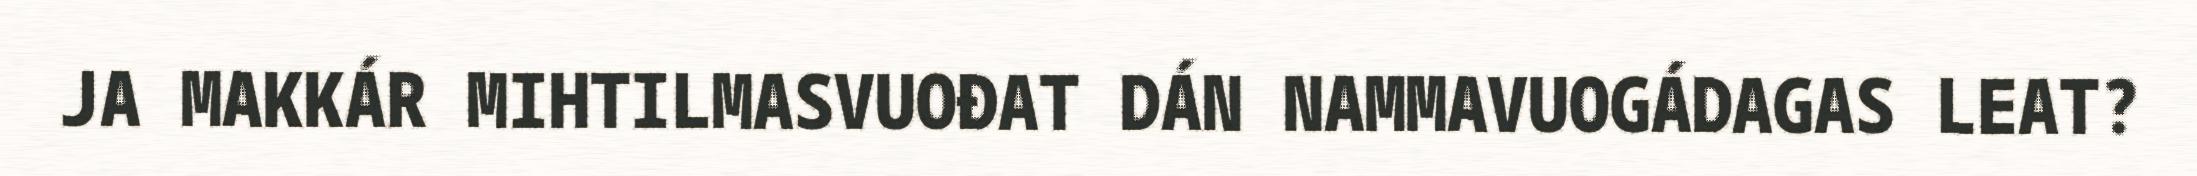
JA MAKKÁR MIHTILMASVUOĐAT DÁN NAMMAVUOGÁDAGAS LEAT?